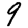
Digit: 9